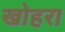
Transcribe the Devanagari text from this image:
खोहरा